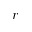
r